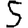
Digit: 5